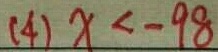
( 4 ) x < - 9 8